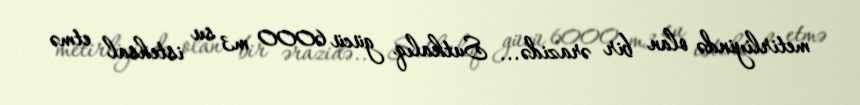
metirliyində olan bir ərazidə... Sutkalıq gücü 6000 m3 su istehsal etmə